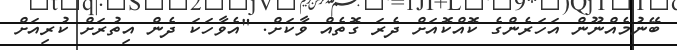
ބޭނުމެއްނޫން އަހަރެންގެ ކޮއްކޮއަށް ދެރަ ގޮތެއް ވާކަށް. "އެވާހަކަ ދެން އިތުރަށް ކުރިއަށް